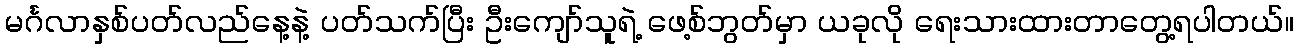
မင်္ဂလာနှစ်ပတ်လည်နေ့နဲ့ ပတ်သက်ပြီး ဦးကျော်သူရဲ့ ဖေ့စ်ဘွတ်မှာ ယခုလို ရေးသားထားတာတွေ့ရပါတယ်။